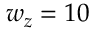
w _ { z } = 1 0